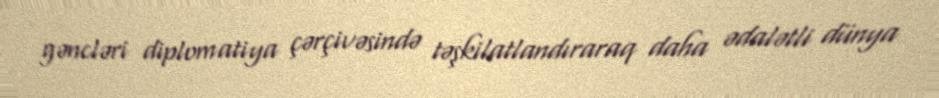
gəncləri diplomatiya çərçivəsində təşkilatlandıraraq daha ədalətli dünya